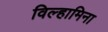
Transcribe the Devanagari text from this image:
विल्हामिना